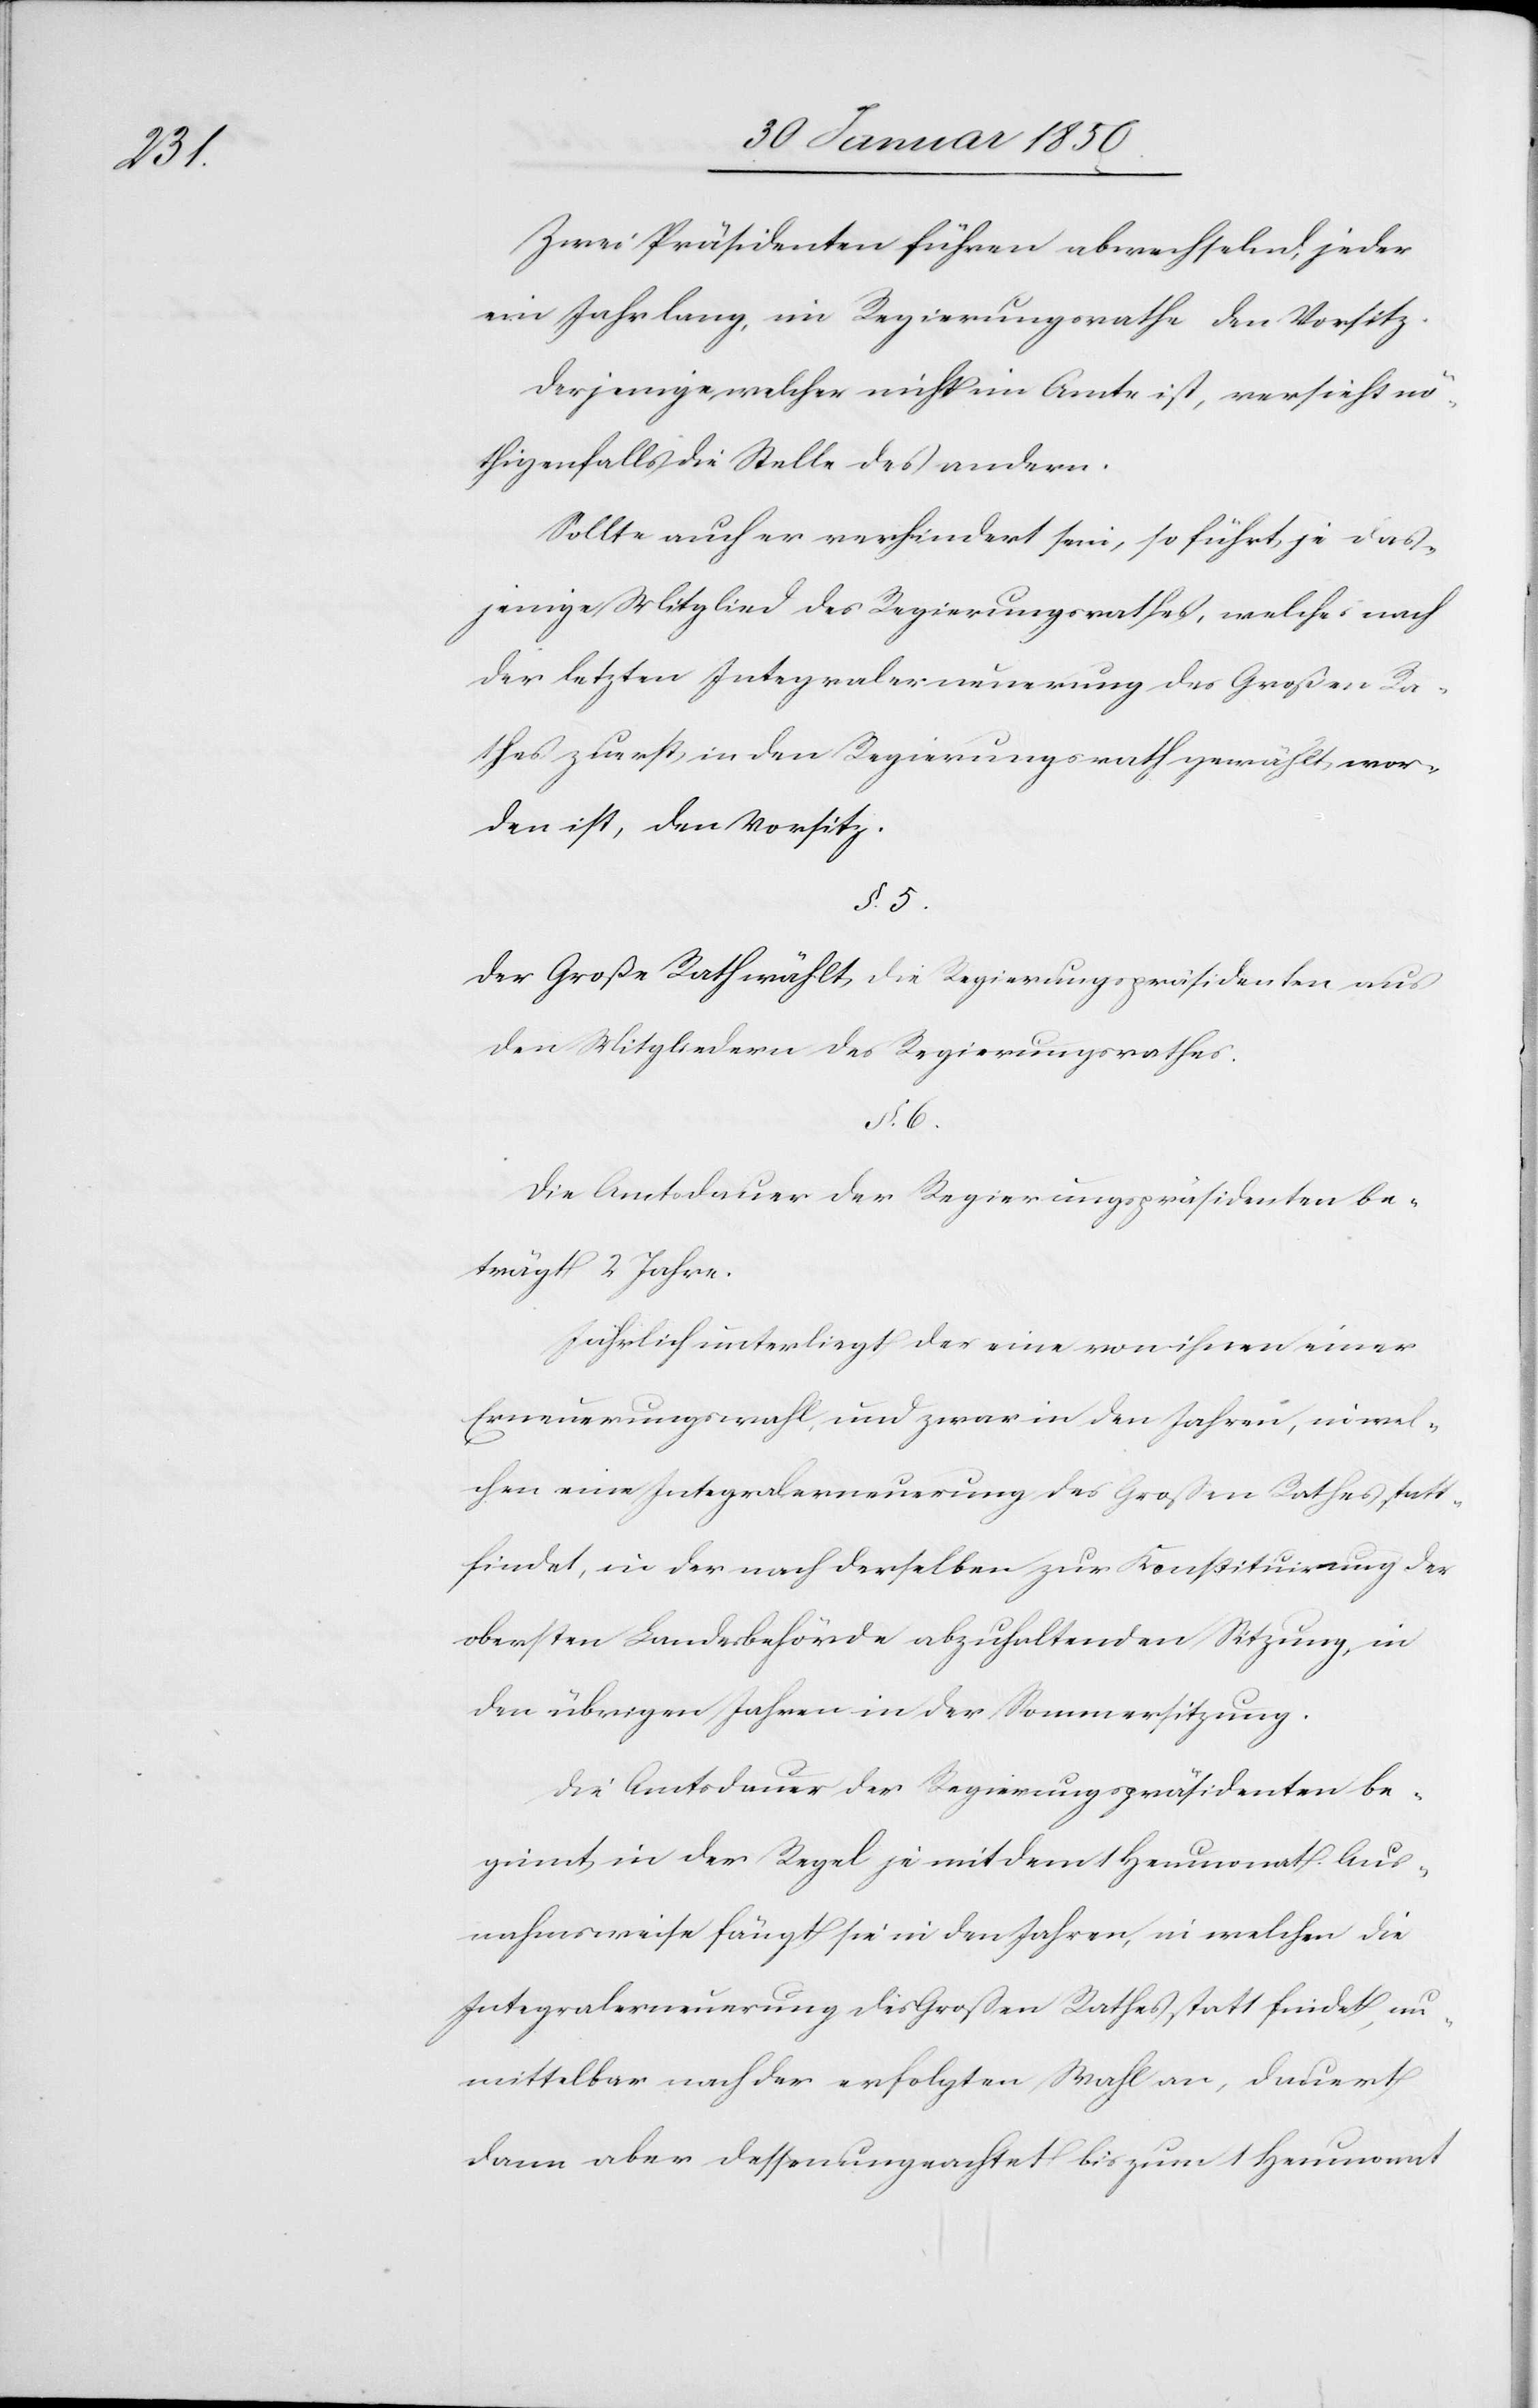
Zwei Präsidenten führen abwechselnd, jeder
ein Jahr lang, im Regierungsrathe den Vorsitz.
Derjenige, welcher nicht im Amte ist, versieht nö¬
thigenfalls die Stelle des andern.
Sollte auch er verhindert sein, so führt je das¬
jenige Mitglied des Regierungsrathes, welches nach
der letzten Integralerneuerung des Großen Ra¬
thes zuerst in den Regierungsrath gewählt wor¬
den ist, den Vorsitz.
§. 5.
Der Große Rath wählt die Regierungspräsidenten aus
den Mitgliedern des Regierungsrathes.
§. 6.
Die Amtsdauer der Regierungspräsidenten be¬
trägt 2 Jahre.
Jährlich unterliegt der eine von ihnen einer
Erneuerungswahl, und zwar in den Jahren, in wel¬
chen eine Integralerneuerung des Großen Rathes statt¬
findet, in der nach derselben zur Konstituirung der
obersten Landesbehörde abzuhaltenden Sitzung, in
den übrigen Jahren in der Sommersitzung.
ginnt in der Regel je mit dem 1 Heumonat. Aus¬
nahmsweise fängt sie in den Jahren, in welchen die
Integralerneuerung des Großen Rathes statt findet, un¬
mittelbar nach der erfolgten Wahl an, dauert
dann aber dessenungeachtet bis zum 1 Heumonat